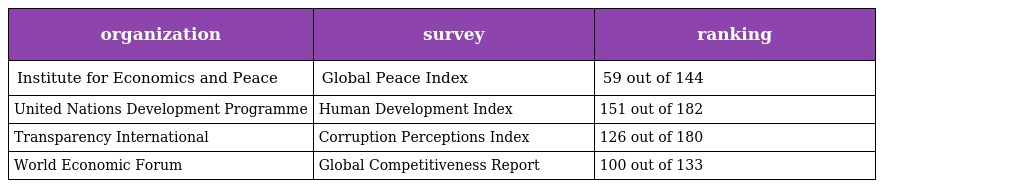
| organization | survey | ranking |
 | --- | --- | --- |
 | Institute for Economics and Peace | Global Peace Index | 59 out of 144 |
 | United Nations Development Programme | Human Development Index | 151 out of 182 |
 | Transparency International | Corruption Perceptions Index | 126 out of 180 |
 | World Economic Forum | Global Competitiveness Report | 100 out of 133 |